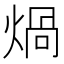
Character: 煱